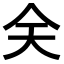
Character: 𠇄